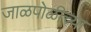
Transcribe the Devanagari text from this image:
जाळपोळीच्या